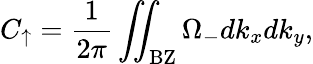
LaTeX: C_{\uparrow}=\frac{1}{2\pi}\iint_{\mathrm{BZ}}\Omega_{-}dk_{x}dk_{y},